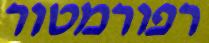
רפורמטור